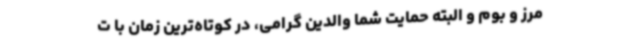
مرز و بوم و البته حمایت شما والدین گرامی، در کوتاه‌ترین زمان با ت